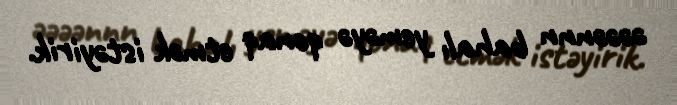
əəəənnn bahalı yeməyə qonaq etmək istəyirik.